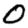
Digit: 0